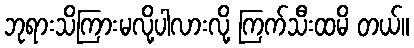
ဘုရားသိကြားမလို့ပါလားလို့ ကြက်သီးထမိ တယ်။